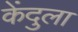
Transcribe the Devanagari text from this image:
केंदुला